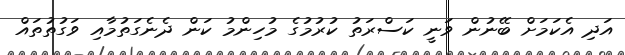
އަދި އެކަމަށް ބޭނުން ވަނީ ކަސްރަތު ކުރުމުގެ މުހިންމު ކަން ދެނެގަތުމާއި ވަގުތުތައް